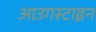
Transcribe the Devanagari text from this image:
आउगस्टाइन